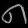
Digit: ၈